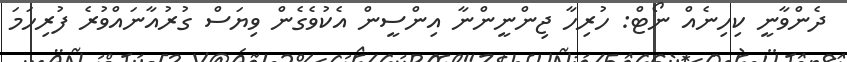
ދެންވާނީ ކިހިނެއް ނޯޓް: ހުރިހާ ޖިންނީންނާ އިންސީން އެކުވެގެން ވިޔަސް ގުރުއާނައްވުރެ ފުރިހަމަ